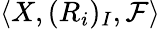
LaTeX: \langle X,(R_{i})_{I},{\mathcal{F}}\rangle